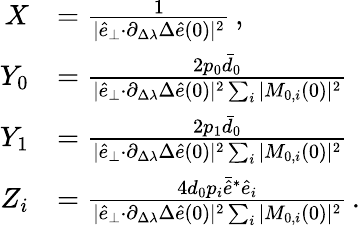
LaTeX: \begin{array}{rl}{X}&{=\frac{1}{\vert\hat{e}_{\perp}{\cdot}\partial_{\Delta\lambda}\Delta\hat{e}(0)\vert^{2}}\, ,}\\ {Y_{0}}&{=\frac{2p_{0}\bar{d}_{0}}{\vert\hat{e}_{\perp}{\cdot}\partial_{\Delta\lambda}\Delta\hat{e}(0)\vert^{2}\sum_{i}\vert M_{0,i}(0)\vert^{2}}}\\ {Y_{1}}&{=\frac{2p_{1}\bar{d}_{0}}{\vert\hat{e}_{\perp}{\cdot}\partial_{\Delta\lambda}\Delta\hat{e}(0)\vert^{2}\sum_{i}\vert M_{0,i}(0)\vert^{2}}}\\ {Z_{i}}&{=\frac{4d_{0}p_{i}\bar{\hat{e}}^{*}\hat{e}_{i}}{\vert\hat{e}_{\perp}{\cdot}\partial_{\Delta\lambda}\Delta\hat{e}(0)\vert^{2}\sum_{i}\vert M_{0,i}(0)\vert^{2}}\, .}\end{array}